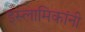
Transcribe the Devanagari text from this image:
इस्लामिकांनी